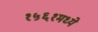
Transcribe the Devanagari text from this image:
१५६१मध्ये